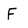
Character: F